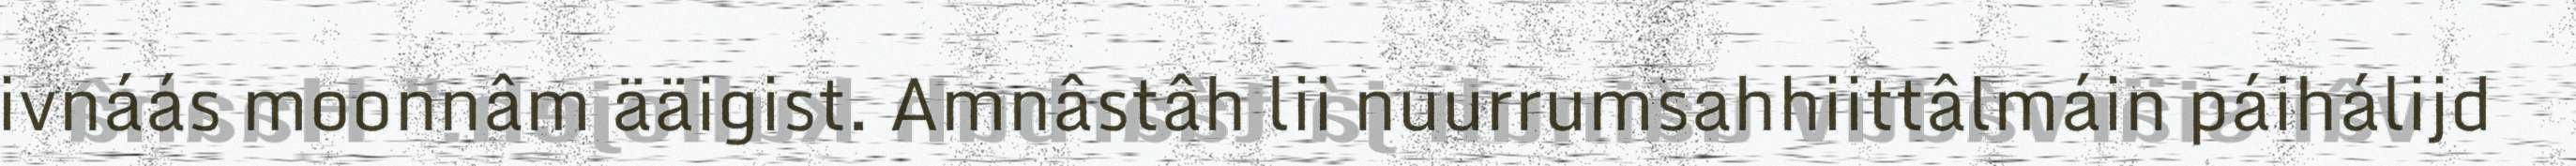
ivnáás moonnâm ääigist. Amnâstâh lii nuurrumsahhiittâlmáin páihálijd